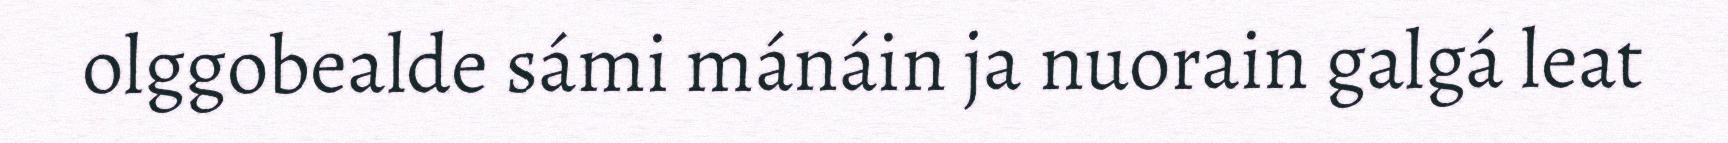
olggobealde sámi mánáin ja nuorain galgá leat